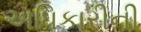
અધિકારીની